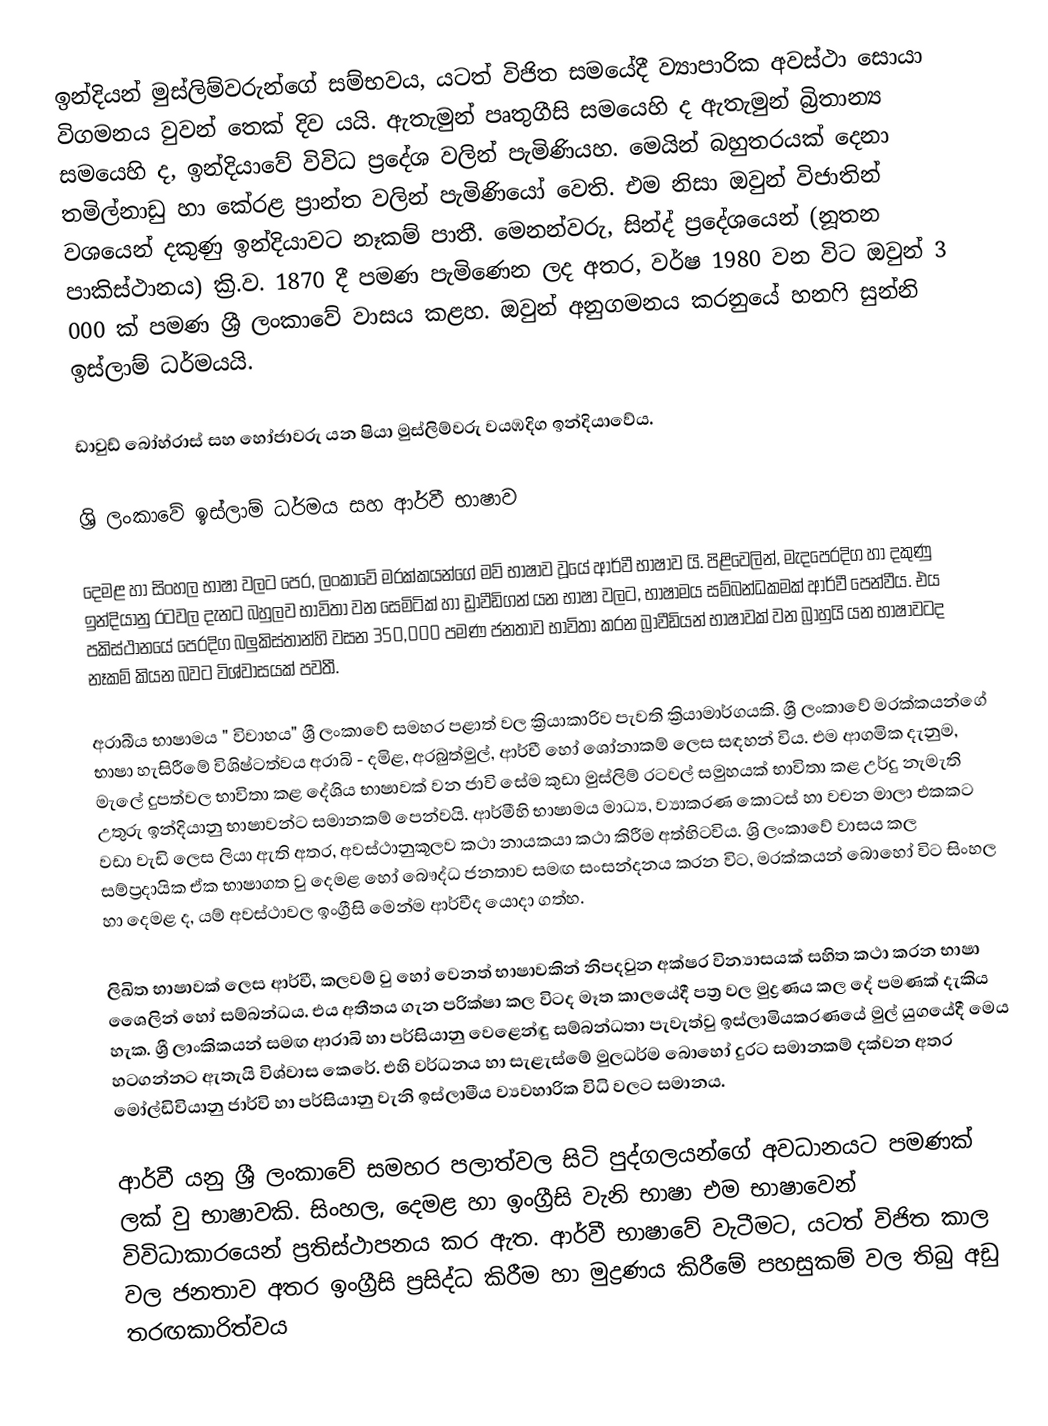
ඉන්දියන් මුස්ලිම්වරුන්ගේ සම්භවය, යටත් විජිත සමයේදී ව්‍යාපාරික අවස්ථා සොයා විගමනය වුවන් තෙක් දිව යයි. ඇතැමුන් පෘතුගීසි සමයෙහි ද ඇතැමුන් බ්‍රිතාන්‍ය සමයෙහි ද, ඉන්දියාවේ විවිධ ප්‍රදේශ වලින් පැමිණියහ. මෙයින් බහුතරයක් දෙනා තමිල්නාඩු හා කේරළ ප්‍රාන්ත වලින් පැමිණියෝ වෙති. එම නිසා ඔවුන් විජාතින් වශයෙන් දකුණු ඉන්දියාවට නෑකම් පාතී. මෙනන්වරු, සින්ද් ප්‍රදේශයෙන් (නූතන පාකිස්ථානය)   ක්‍රි.ව. 1870 දී පමණ පැමිණෙන ලද අතර, වර්ෂ 1980 වන විට ඔවුන් 3 000 ක් පමණ ශ්‍රී ලංකාවේ වාසය  කළහ. ඔවුන් අනුගමනය කරනුයේ හනෆි සුන්නි ඉස්ලාම් ධර්මයයි.

ඩාවුඩ් බෝහ්රාස් සහ හෝජාවරු යන ෂියා මුස්ලිම්වරු වයඹදිග ඉන්දියාවේය.

ශ්‍රි ලංකාවේ ඉස්ලාම් ධර්මය සහ ආර්වී භාෂාව

දෙමළ හා සිංහල භාෂා වලට පෙර, ලංකාවේ මරක්කයන්ගේ මව් භාෂාව වූයේ ආර්වී භාෂාව යි. පිළිවෙලින්, මැදපෙරදිග හා දකුණු ඉන්දියානු රටවල දැනට බහුලව භාවිතා වන සෙමිටික් හා ඩ්‍රාවීඩිගන් යන භාෂා වලට, භාෂාමය සම්බන්ධකමක් ආර්වී පෙන්වීය.  එය පකිස්ථානයේ පෙරදිග බලුකිස්තාන්හි වසන 350,000 පමණ ජනතාව භාවිතා කරන බ්‍රාවීඩියන් භාෂාවක් වන බ්‍රාහුයි යන භාෂාවටද නෑකම් කියන බවට විශ්වාසයක් පවතී.

අරාබීය භාෂාමය " විවාහය" ශ්‍රී ලංකාවේ සමහර පළාත් වල ක්‍රියාකාරිව පැවති ක්‍රියාමාර්ගයකි. ශ්‍රී ලංකාවේ මරක්කයන්ගේ භාෂා හැසිරීමේ විශිෂ්ටත්වය අරාබි - දමිළ, අරබුත්මුල්, ආර්වී හෝ ශෝනාකම් ලෙස සඳහන් විය. එම ආගමික දැනුම, මැලේ දුපත්වල භාවිතා කළ දේශිය භාෂාවක් වන ජාවි සේම කුඩා මුස්ලිම් රටවල් සමුහයක් භාවිතා කළ උර්දු නැමැති උතුරු ඉන්දියානු භාෂාවන්ට සමානකම් පෙන්වයි. ආර්මීහි භාෂාමය මාධ්‍ය, ව්‍යාකරණ කොටස් හා වචන මාලා එකකට වඩා වැඩි ලෙස ලියා ඇති අතර, අවස්ථානුකූලව කථා නායකයා කථා කිරීම අත්හිටවිය. ශ්‍රි ලංකාවේ වාසය කල සම්ප්‍රදායික ඒක භාෂාගත වු දෙමළ හෝ බෞද්ධ ජනතාව සමඟ සංසන්දනය කරන විට, මරක්කයන් බොහෝ විට සිංහල හා දෙමළ ද, යම් අවස්ථාවල ඉංග්‍රීසි මෙන්ම ආර්වීද යොදා ගත්හ.

ලිඛිත භාෂාවක් ලෙස ආර්වී, කලවම් වු හෝ වෙනත් භාෂාවකින් නිපදවුන අක්ෂර වින්‍යාසයක් සහිත කථා කරන භාෂා ශෛලින් හෝ සම්බන්ධය. එය අතීතය ගැන පරික්ෂා කල විටද මෑත කාලයේදී පත්‍ර වල මුද්‍රණය කල දේ පමණක් දැකිය හැක. ශ්‍රී ලාංකිකයන් සමඟ ආරාබි හා පර්සියානු වෙළෙන්ඳු සම්බන්ධතා පැවැත්වු ඉස්ලාමියකරණයේ මුල් යුගයේදී මෙය හටගන්නට ඇතැයි විශ්වාස කෙරේ. එහි වර්ධනය හා සැළැස්මේ මුලධර්ම බොහෝ දුරට සමානකම් දක්වන අතර මෝල්ඩිවියානු ජාර්වි හා පර්සියානු වැනි ඉස්ලාමීය ව්‍යවහාරික විධි වලට සමානය.

ආර්වී යනු ශ්‍රී ලංකාවේ සමහර පලාත්වල සිටි පුද්ගලයන්ගේ අවධානයට පමණක් ලක් වු භාෂාවකි. සිංහල, දෙමළ හා ඉංග්‍රීසි වැනි භාෂා එම භාෂාවෙන් විවිධාකාරයෙන් ප්‍රතිස්ථාපනය කර ඇත. ආර්වී භාෂාවේ වැටීමට, යටත් විජිත කාල වල ‍ජනතාව අතර ඉංග්‍රීසි ප්‍රසිද්ධ කිරීම හා මුද්‍රණය කිරීමේ පහසුකම් වල තිබු අඩු තරඟකාරිත්වය